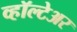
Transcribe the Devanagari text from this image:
व्हॉल्टेअर